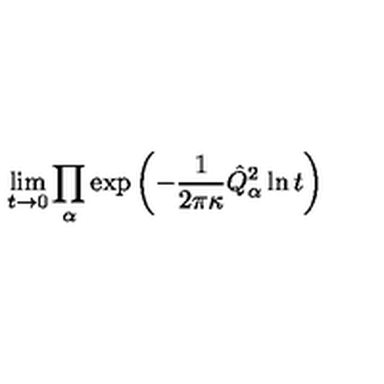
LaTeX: \lim _ { t \rightarrow 0 } \prod _ { \alpha } \exp \left( - \frac { 1 } { 2 \pi \kappa } \hat { Q } _ { \alpha } ^ { 2 } \ln t \right)